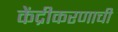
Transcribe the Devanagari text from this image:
केंद्रीकरणाची